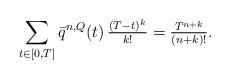
LaTeX: \begin{align*} \sum_{t\in[0,T]}\bar{q}^{n,Q}(t)\,\tfrac{(T-t)^k}{k!}=\tfrac{T^{n+k}}{(n+k)!}. \end{align*}